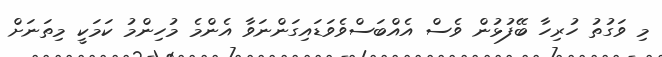
މި ވަގުތު ހުރިހާ ބޭފުޅުން ވެސް އެއްބަސްވެވަޑައިގަންނަވާ އެންމެ މުހިންމު ކަމަކީ މިތަނަށް